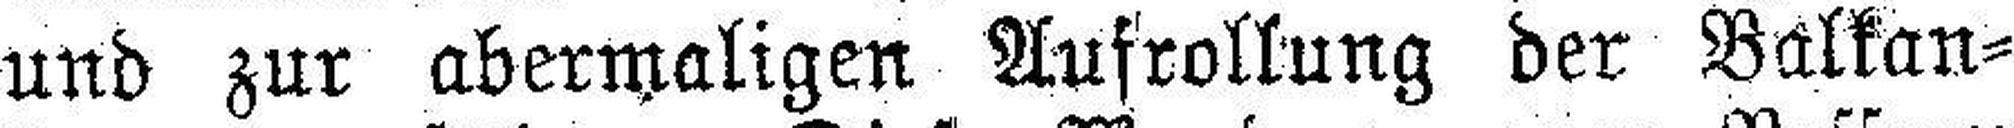
und zur abermaligen Aufrollung der Balkan¬